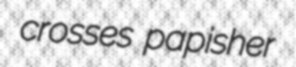
crosses papisher